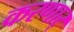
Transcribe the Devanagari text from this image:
करणार्